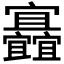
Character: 𡬐